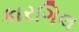
કારગિલ